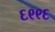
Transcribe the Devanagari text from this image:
६९९६